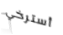
أسترخي